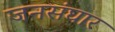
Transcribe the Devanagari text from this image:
जनसंघार